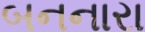
બનનારા